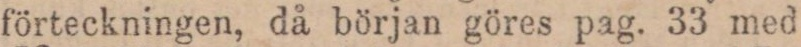
förteckningen, då början göres pag. 33 med